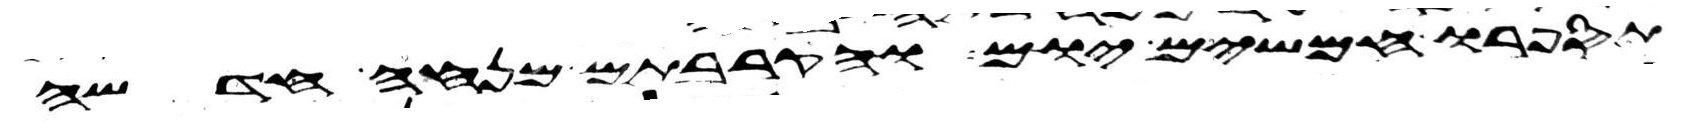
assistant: תספרו חמשים יום והקרבתם מנחה חדשה